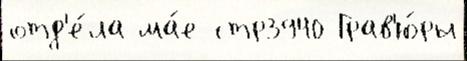
отд'е́ла ма́е стр3940 Грав'ю́ры